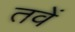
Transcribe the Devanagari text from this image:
तवें